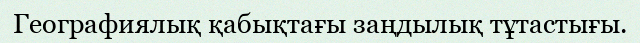
Географиялық қабықтағы заңдылық тұтастығы.